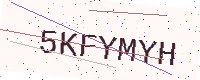
Text: 5KFYMYH